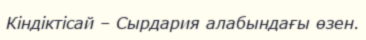
Кіндіктісай – Сырдария алабындағы өзен.